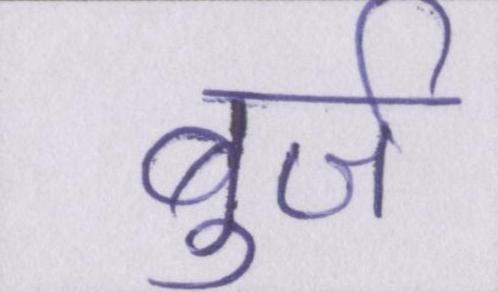
बुर्ज